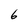
Character: 6